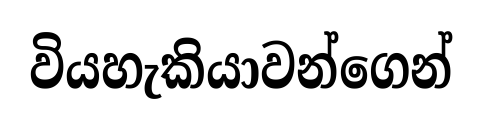
වියහැකියාවන්ගෙන්